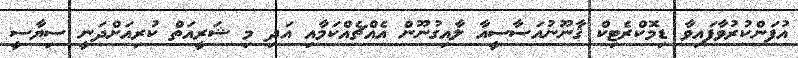
އުފަންކުރުވާފައިވާ ޑިމޮކްރެޓިކް ޤާނޫނުއަސާސީއާ ލާއިގުނޫން އެއްޗެއްކަމާއި އަދި މި ޝަރީއަތް ކުރިއަށްދަނީ ސިޔާސީ